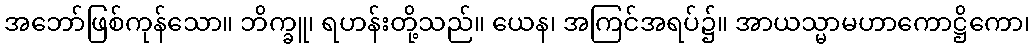
အဘော်ဖြစ်ကုန်သော။ ဘိက္ခူ၊ ရဟန်းတို့သည်။ ယေန၊ အကြင်အရပ်၌။ အာယသ္မာမဟာကောဋ္ဌိကော၊